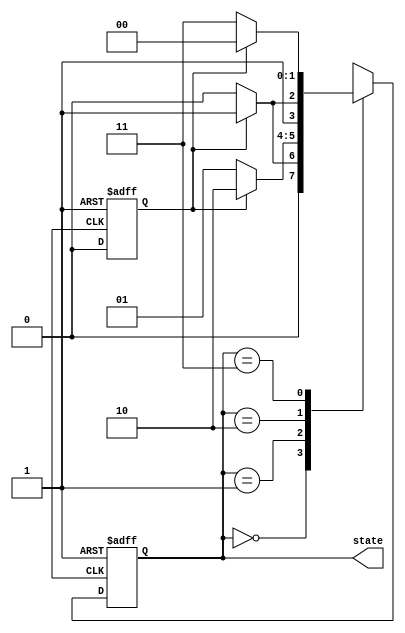
`timescale 1ns / 1ps
//////////////////////////////////////////////////////////////////////////////////
// Company: 
// Engineer: 
// 
// Design Name: 
// Module Name: counter_2bit_tb
// Project Name: 
// Target Devices: 
// Tool Versions: 
// Description: 
// 
// Dependencies: 
// 
// Revision:
// Revision 0.01 - File Created
// Additional Comments:
// 
//////////////////////////////////////////////////////////////////////////////////


module upcounter_2bit_tb(state);

reg clk, rst;
reg x;
reg x_reg, x_trig;
output reg [1:0] state;

always @(negedge rst or posedge clk) begin
    if(!rst) begin
        {x_reg, x_trig}<=2'b00;
    end
    else begin
        x_reg<=x;
        x_trig<=x&~x_reg;
    end
end

always @(negedge rst or posedge clk) begin
    if(!rst) state<=2'b00;
    else begin
        case(state)
            2'b00:state<=x_trig?2'b01:2'b00;
            2'b01:state<=x_trig?2'b10:2'b01;
            2'b10:state<=x_trig?2'b11:2'b10;
            2'b11:state<=x_trig?2'b00:2'b11;
        endcase
    end
end

initial begin
clk<=0;
rst<=1;
#10; rst<=0;
#10; rst<=1; x=1;
#10; x=0;
#10; x=1;
#10; x=0;
#10; x=1;
#10; x=0;
#10; x=1;
#10; x=0;
end

always begin
    #5 clk<=~clk;
end

endmodule